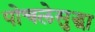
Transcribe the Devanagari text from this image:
पोचलेसुद्धा